Report on the lunatic asylums in Bengal - 1862-
Year: 1862
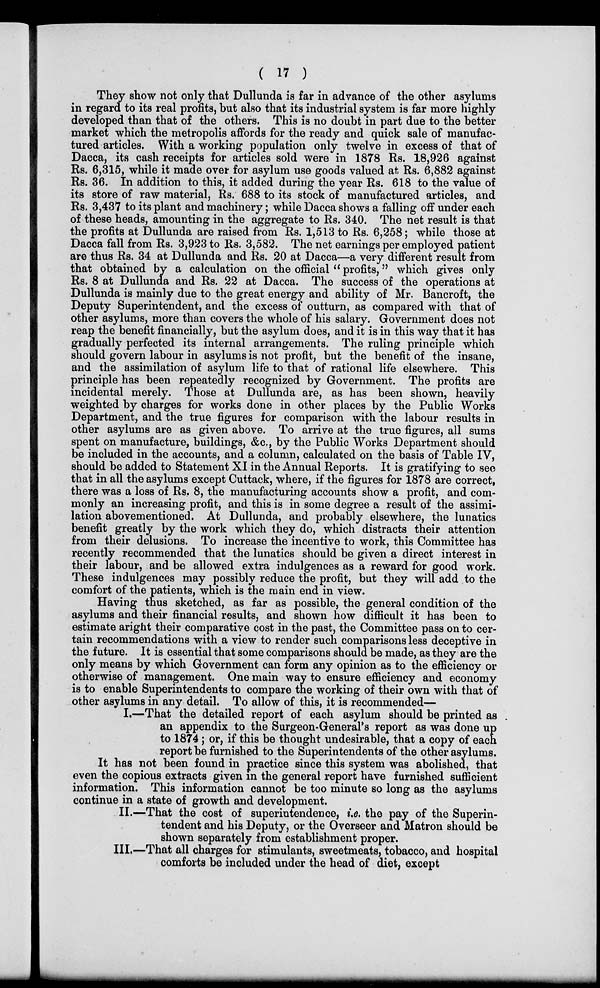
( 17 )
They show not only that Dullunda is far in advance of the other asylums
in regard to its real profits, but also that its industrial system is far more highly
developed than that of the others. This is no doubt in part due to the better
market which the metropolis affords for the ready and quick sale of manufac-
tured articles. With a working population only twelve in excess of that of
Dacca, its cash receipts for articles sold were in 1878 Rs. 18,926 against
Rs. 6,315, while it made over for asylum use goods valued at Rs. 6,882 against
Rs. 36. In addition to this, it added during the year Rs. 618 to the value of
its store of raw material, Rs. 688 to its stock of manufactured articles, and
Rs. 3,437 to its plant and machinery; while Dacca shows a falling off under each
of these heads, amounting in the aggregate to Rs. 340. The net result is that
the profits at Dullunda are raised from Rs. 1,513 to Rs. 6,258; while those at
Dacca fall from Rs. 3,923 to Rs. 3,582. The net earnings per employed patient
are thus Rs. 34 at Dullunda and Rs. 20 at Dacca—a very different result from
that obtained by a calculation on the official " profits," which gives only
Rs. 8 at Dullunda and Rs. 22 at Dacca. The success of the operations at
Dullunda is mainly due to the great energy and ability of Mr. Bancroft, the
Deputy Superintendent, and the excess of outturn, as compared with that of
other asylums, more than covers the whole of his salary. Government does not
reap the benefit financially, but the asylum does, and it is in this way that it has
gradually perfected its internal arrangements. The ruling principle which
should govern labour in asylums is not profit, but the benefit of the insane,
and the assimilation of asylum life to that of rational life elsewhere. This
principle has been repeatedly recognized by Government. The profits are
incidental merely. Those at Dullunda are, as has been shown, heavily
weighted by charges for works done in other places by the Public Works
Department, and the true figures for comparison with the labour results in
other asylums are as given above. To arrive at the true figures, all sums
spent on manufacture, buildings, &c., by the Public Works Department should
be included in the accounts, and a column, calculated on the basis of Table IV,
should be added to Statement XI in the Annual Reports. It is gratifying to see
that in all the asylums except Cuttack, where, if the figures for 1878 are correct,
there was a loss of Rs. 8, the manufacturing accounts show a profit, and com-
monly an increasing profit, and this is in some degree a result of the assimi-
lation abovementioned. At Dullunda, and probably elsewhere, the lunatics
benefit greatly by the work which they do, which distracts their attention
from their delusions. To increase the incentive to work, this Committee has
recently recommended that the lunatics should be given a direct interest in
their labour, and be allowed extra indulgences as a reward for good work.
These indulgences may possibly reduce the profit, but they will add to the
comfort of the patients, which is the main end in view.
Having thus sketched, as far as possible, the general condition of the
asylums and their financial results, and shown how difficult it has been to
estimate aright their comparative cost in the past, the Committee pass on to cer-
tain recommendations with a view to render such comparisons less deceptive in
the future. It is essential that some comparisons should be made, as they are the
only means by which Government can form any opinion as to the efficiency or
otherwise of management. One main way to ensure efficiency and economy
is to enable Superintendents to compare the working of their own with that of
other asylums in any detail. To allow of this, it is recommended—
I.—That the detailed report of each asylum should be printed as
an appendix to the Surgeon-General's report as was done up
to 1874; or, if this be thought undesirable, that a copy of each
report be furnished to the Superintendents of the other asylums.
It has not been found in practice since this system was abolished, that
even the copious extracts given in the general report have furnished sufficient
information. This information cannot be too minute so long as the asylums
continue in a state of growth and development.
II.—That the cost of superintendence, i.e. the pay of the Superin-
tendent and his Deputy, or the Overseer and Matron should be
shown separately from establishment proper.
III.—That all charges for stimulants, sweetmeats, tobacco, and hospital
comforts be included under the head of diet, except